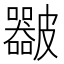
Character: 𥀴